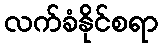
လက်ခံနိုင်စရာ